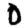
Digit: 0